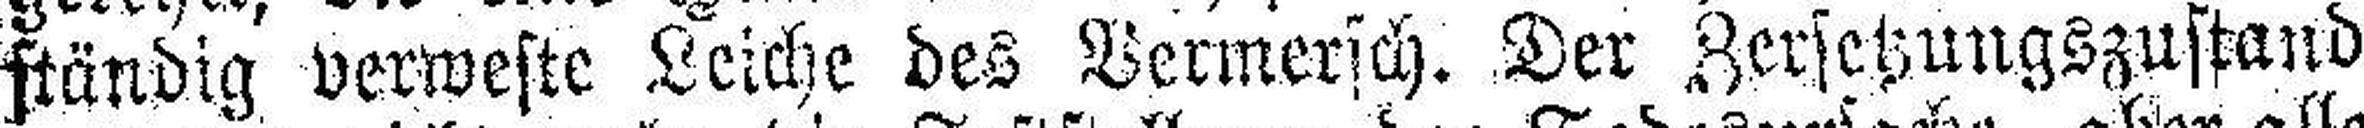
ständig verweste Leiche des Vermersch. Der Zersetzungszustand